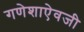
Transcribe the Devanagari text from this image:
गणेशाऐवजी